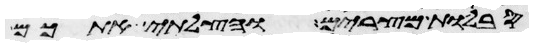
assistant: סבלות מצרים והצלתי אתכם